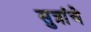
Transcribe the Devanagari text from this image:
सुत्रांचे